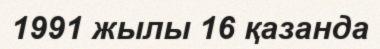
1991 жылы 16 қазанда